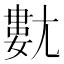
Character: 𡰍